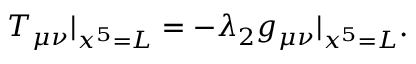
T _ { \mu \nu } | _ { x ^ { 5 } = L } = - \lambda _ { 2 } g _ { \mu \nu } | _ { x ^ { 5 } = L } .